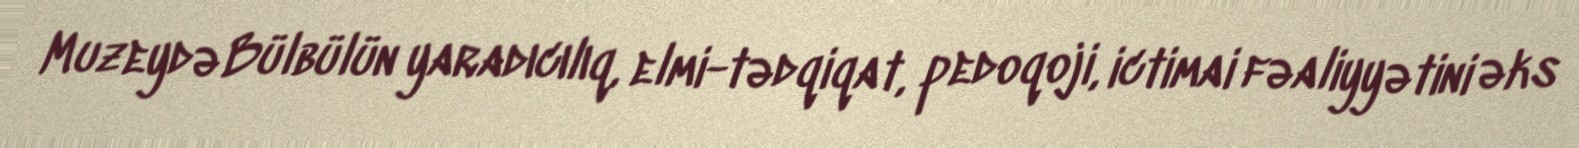
Muzeydə Bülbülün yaradıcılıq, elmi-tədqiqat, pedoqoji, ictimai fəaliyyətini əks